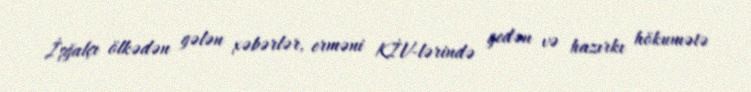
İşğalçı ölkədən gələn xəbərlər, erməni KİV-lərində gedən və hazırkı hökumətə